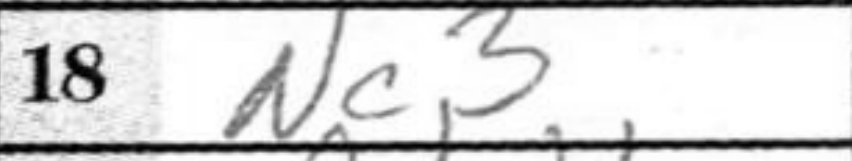
Transcription: Nc3